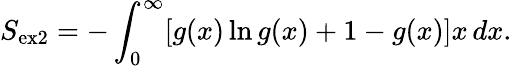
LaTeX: S_{\mathrm{ex2}}=-\int_{0}^{\infty}[g(x)\ln g(x)+1-g(x)]x\, dx.